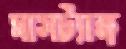
মাসট্যাঙ্গ